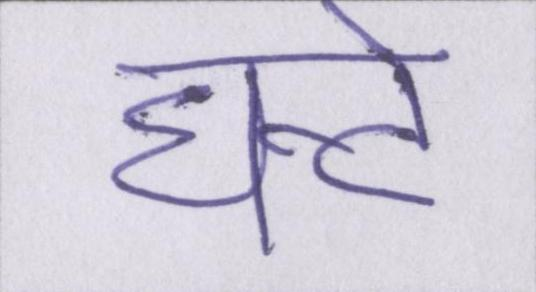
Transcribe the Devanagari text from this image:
घन्टे